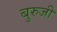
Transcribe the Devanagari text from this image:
बुरुजी